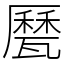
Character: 㽁